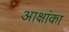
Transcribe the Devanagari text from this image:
आक्षांका